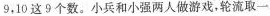
9，10这9个数。小兵和小强两人做游戏，轮流取一